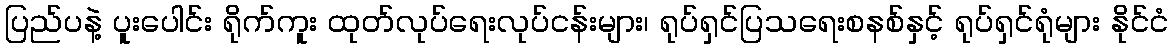
ပြည်ပနဲ့ ပူးပေါင်း ရိုက်ကူး ထုတ်လုပ်ရေးလုပ်ငန်းများ၊ ရုပ်ရှင်ပြသရေးစနစ်နှင့် ရုပ်ရှင်ရုံများ နိုင်ငံ